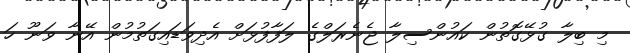
މި ބިލާ ގުޅޭގޮތުން ކައުންސިލާ ޖެނެރަލްގެ ލަފާފުޅަށް އެދިވަޑައިގަތުމުން އޭނާ ވަނޫ ހަ